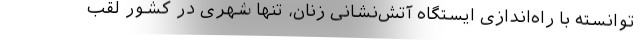
توانسته با راه‌اندازی ایستگاه آتش‌نشانی زنان، تنها شهری در کشور لقب